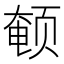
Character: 𬱨